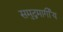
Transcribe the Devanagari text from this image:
समुद्रमार्गीय